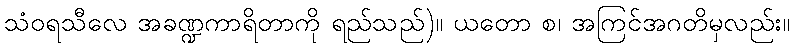
သံဝရသီလေ အခဏ္ဍကာရိတာကို ရည်သည်)။ ယတော စ၊ အကြင်အဂတိမှလည်း။